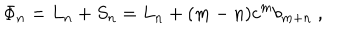
\Phi _ { n } = L _ { n } + S _ { n } = L _ { n } + ( m - n ) c ^ { m } b _ { m + n } ~ ,